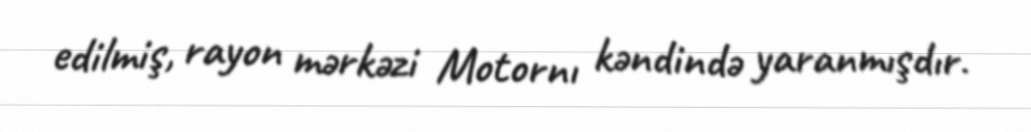
edilmiş, rayon mərkəzi Motornı kəndində yaranmışdır.